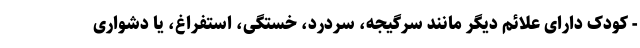
- کودک دارای علائم دیگر مانند سرگیجه، سردرد، خستگی، استفراغ، یا دشواری